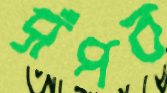
সঁপব